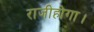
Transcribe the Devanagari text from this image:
राजीहोगा।